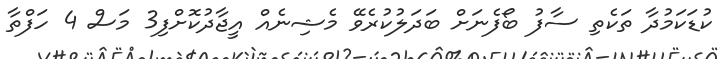
ކުޑަކަމުދާ ތަކެތި ސާފު ބޯފެނަށް ބަދަލުކުރެވޭ މެޝިނެއް އީޖާދުކޮށްފި3 މަސް 4 ހަފްތާ